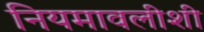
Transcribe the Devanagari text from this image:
नियमावलीशी